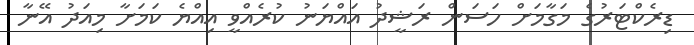
ޑިރެކްޓަރުގެ މަގާމަށް ހަސަން ރަޝީދު އައްޔަނު ކުރެއްވީ އިއްޔެ ކަމަށާ މިއަދު އޭނާ